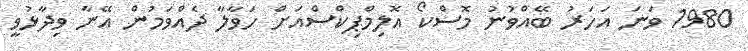
1980 ވަނަ އަހަރު ބޭއްވުނު މޮސްކޯ އޮލިމްޕިކްސްއަށް ހަވާލާ ދެއްވަމުން އޭނާ ވިދާޅުވީ